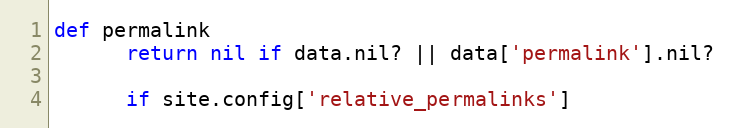
Language: Ruby
def permalink
      return nil if data.nil? || data['permalink'].nil?

      if site.config['relative_permalinks']